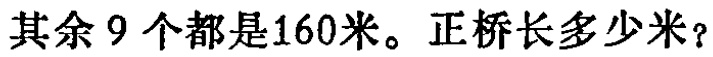
其余9个都是160米。正桥长多少米？